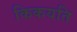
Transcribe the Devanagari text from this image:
किकयति